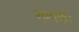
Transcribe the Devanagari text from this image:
सम्पर्कः